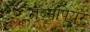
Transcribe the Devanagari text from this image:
रॉब्सपियरे